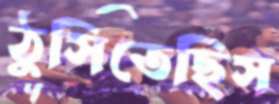
ঠুসিতেছিস